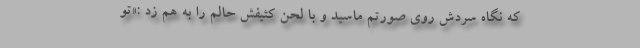
که نگاه سردش روی صورتم ماسید و با لحن کثیفش حالم را به هم زد :«تو